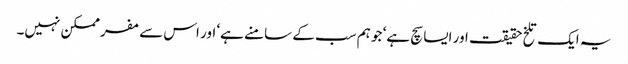
یہ ایک تلخ حقیقت اور ایسا سچ ہے‘ جو ہم سب کے سامنے ہے‘ اور اس سے مفر ممکن نہیں۔